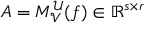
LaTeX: A = M _ { \mathcal { V } } ^ { \mathcal { U } } ( f ) \in \mathbb { R } ^ { s \times r }